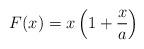
LaTeX: \begin{align*}F(x)=x\left(1+\frac{x}{a}\right)\end{align*}